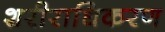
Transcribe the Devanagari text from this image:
शरीराधिकरण